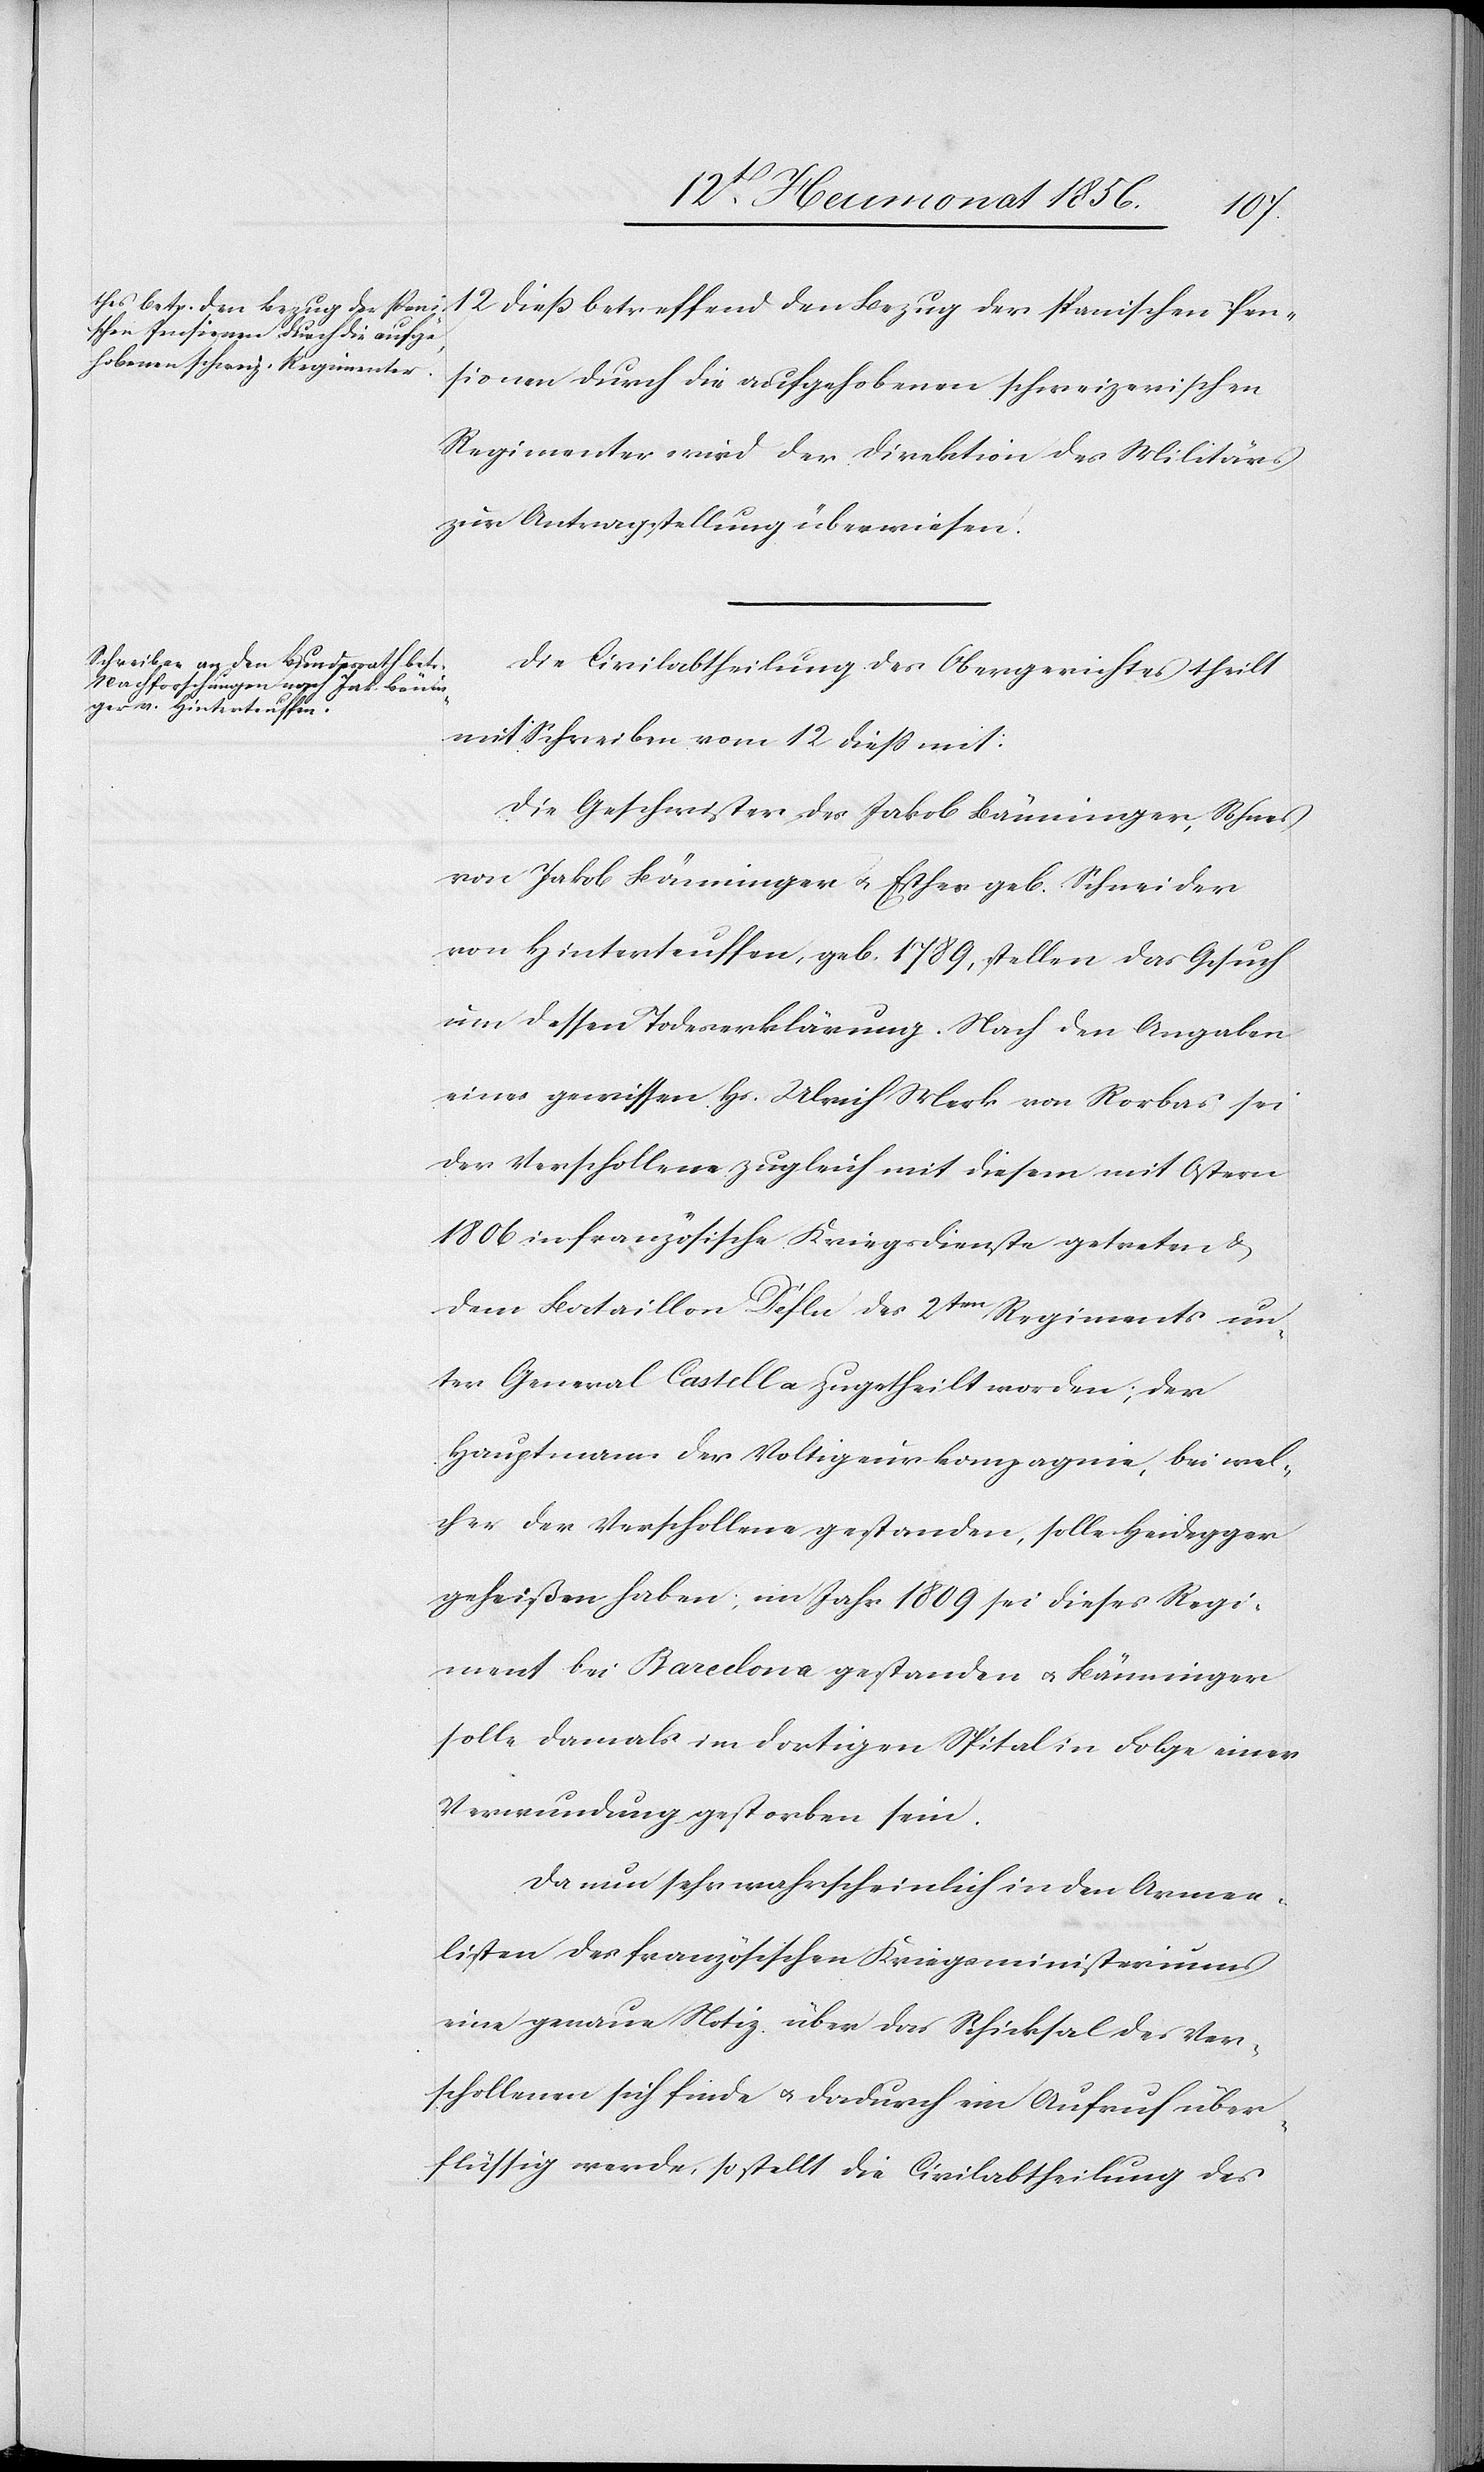
16t Heumonat 1856.]
12 diess betreffend den Bezug der spanischen Pen¬
sionen durch die aufgehobenen schweizerischen
Regimenter wird der Direktion des Militärs
zur Antragstellung überwiesen.
Die Civilabtheilung des Obergerichtes theilt
mit Schreiben vom 12 diess mit:
Die Geschwister des Jakob Bänninger, Sohnes
von Jakob Bänninger u. Esther geb. Schneider
von Hinterteuffen, geb. 1789, stellen das Gesuch
um dessen Todeserklärung. Nach den Angaben
eines gewissen Hs. Ulrich Merk von Rorbas sei
der Verschollene zugleich mit diesem mit Ostern
1806 in französische Kriegsdienste getreten &
dem Bataillon Déflu des 2ten Regiments un¬
ter General Castella zugetheilt worden; der
Hauptmann der Voltigeurkompagnie, bei wel¬
cher der Verschollene gestanden, solle Heidegger
geheißen haben; im Jahr 1809 sei dieses Regi¬
ment bei Barcelona gestanden u. Bänninger
solle damals im dortigen Spital in Folge einer
Verwundung gestorben sein.
Da nun sehr wahrscheinlich in den Armen¬
listen des französischen Kriegsministeriums
eine genaue Notiz über das Schicksal der Ver¬
schollenen sich finde u. dadurch ein Aufruf über¬
flüssig werde, so stellt die Civilabtheilung des